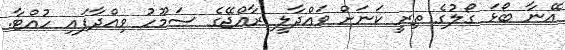
އޭނާ ބޯޅަ ގޯލުގެ ތިރީ ކަނަށް ވައްދާލީ ރާއްޖޭގެ ސަމޫހު ވިއްދާފައި ހުއްޓާ.